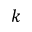
k